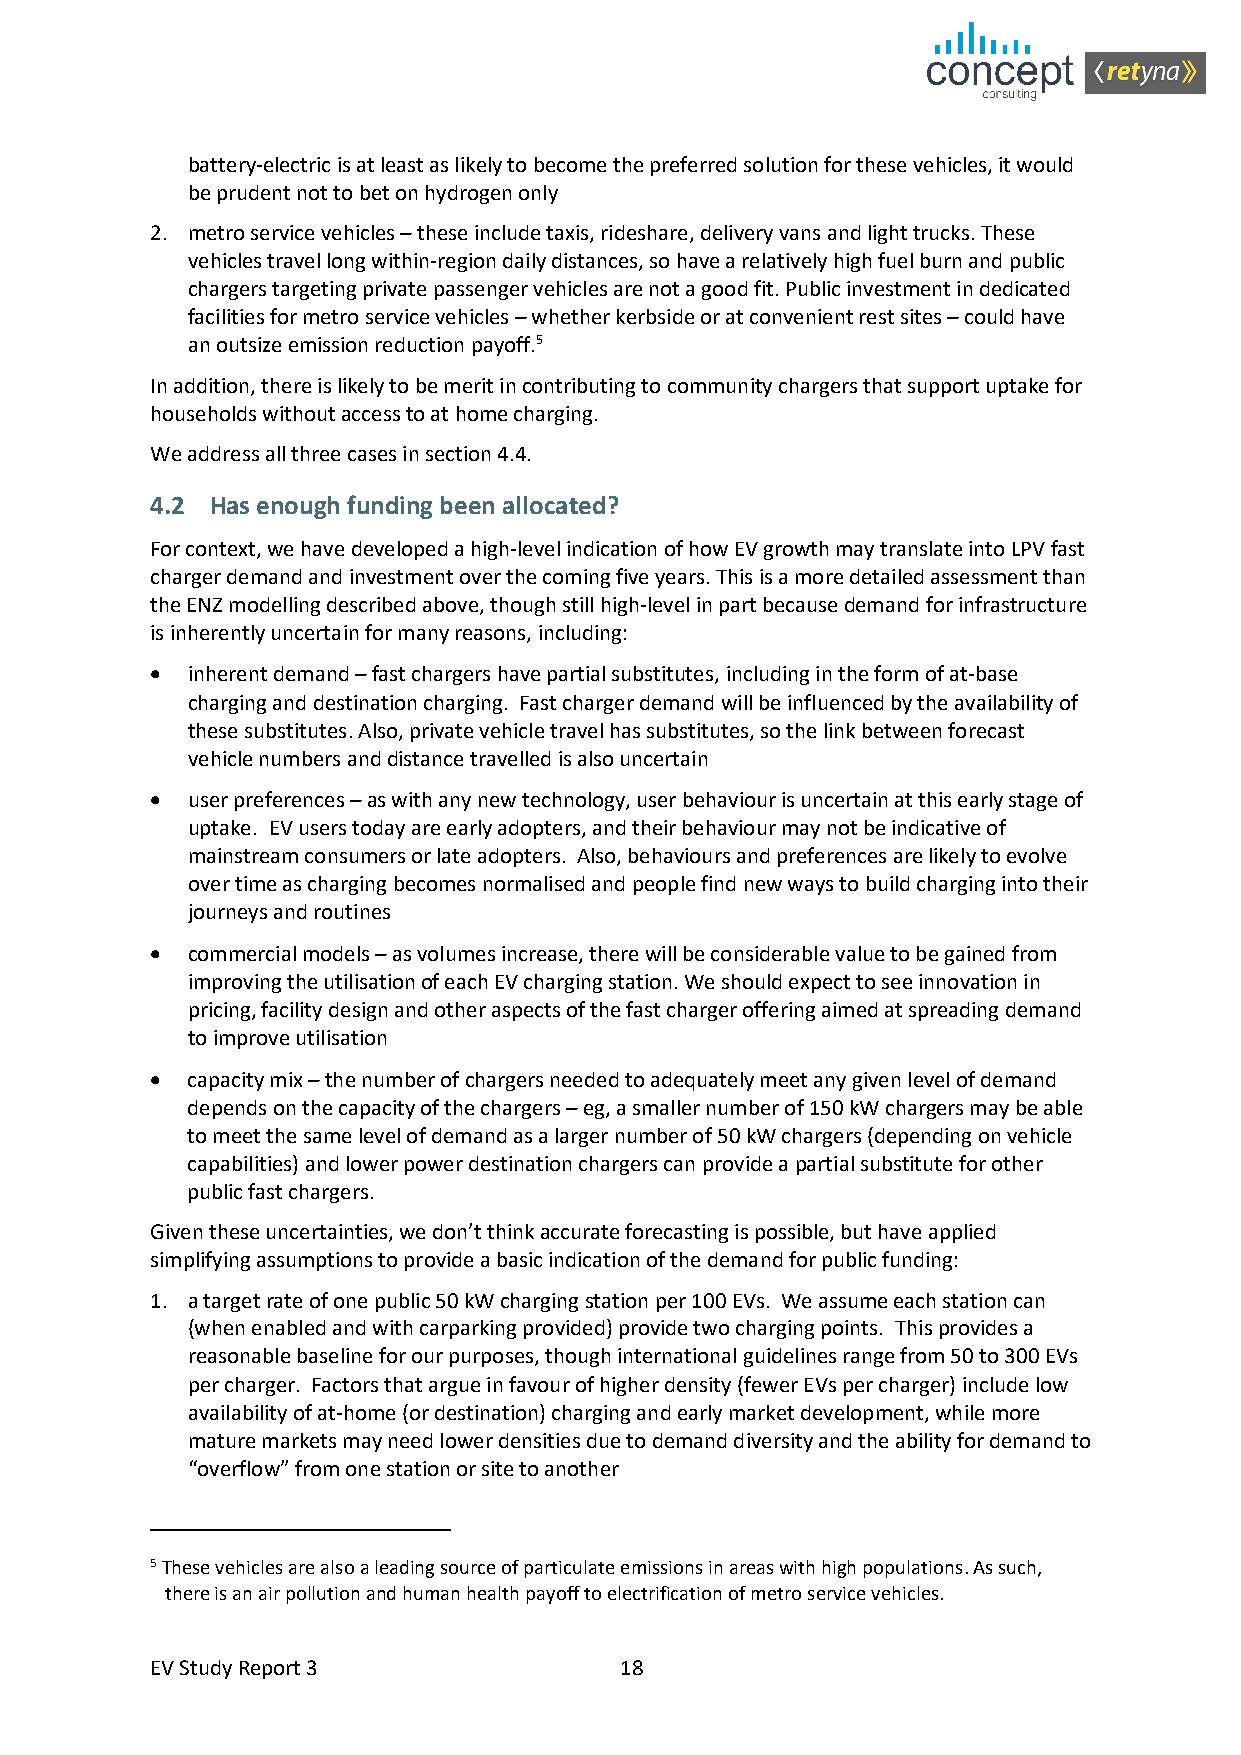
battery-electric is at least as likely to become the preferred solution for these vehicles, it would
 be prudent not to bet on hydrogen only
 2. metro service vehicles – these include taxis, rideshare, delivery vans and light trucks. These
 vehicles travel long within-region daily distances, so have a relatively high fuel burn and public
 chargers targeting private passenger vehicles are not a good fit. Public investment in dedicated
 facilities for metro service vehicles – whether kerbside or at convenient rest sites – could have
 an outsize emission reduction payoff.5
 In addition, there is likely to be merit in contributing to community chargers that support uptake for
 households without access to at home charging.
 We address all three cases in section 4.4.
 4.2 Has enough funding been allocated?
 For context, we have developed a high-level indication of how EV growth may translate into LPV fast
 charger demand and investment over the coming five years. This is a more detailed assessment than
 the ENZ modelling described above, though still high-level in part because demand for infrastructure
 is inherently uncertain for many reasons, including:
 • inherent demand – fast chargers have partial substitutes, including in the form of at-base
 charging and destination charging. Fast charger demand will be influenced by the availability of
 these substitutes. Also, private vehicle travel has substitutes, so the link between forecast
 vehicle numbers and distance travelled is also uncertain
 • user preferences – as with any new technology, user behaviour is uncertain at this early stage of
 uptake. EV users today are early adopters, and their behaviour may not be indicative of
 mainstream consumers or late adopters. Also, behaviours and preferences are likely to evolve
 over time as charging becomes normalised and people find new ways to build charging into their
 journeys and routines
 • commercial models – as volumes increase, there will be considerable value to be gained from
 improving the utilisation of each EV charging station. We should expect to see innovation in
 pricing, facility design and other aspects of the fast charger offering aimed at spreading demand
 to improve utilisation
 • capacity mix – the number of chargers needed to adequately meet any given level of demand
 depends on the capacity of the chargers – eg, a smaller number of 150 kW chargers may be able
 to meet the same level of demand as a larger number of 50 kW chargers (depending on vehicle
 capabilities) and lower power destination chargers can provide a partial substitute for other
 public fast chargers.
 Given these uncertainties, we don’t think accurate forecasting is possible, but have applied
 simplifying assumptions to provide a basic indication of the demand for public funding:
 1. a target rate of one public 50 kW charging station per 100 EVs. We assume each station can
 (when enabled and with carparking provided) provide two charging points. This provides a
 reasonable baseline for our purposes, though international guidelines range from 50 to 300 EVs
 per charger. Factors that argue in favour of higher density (fewer EVs per charger) include low
 availability of at-home (or destination) charging and early market development, while more
 mature markets may need lower densities due to demand diversity and the ability for demand to
 “overflow” from one station or site to another
 5 These vehicles are also a leading source of particulate emissions in areas with high populations. As such,
 there is an air pollution and human health payoff to electrification of metro service vehicles.
 EV Study Report 3              18